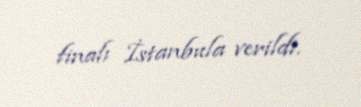
finalı İstanbula verildi.